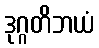
ဒုဂ္ဂတိဘယံ